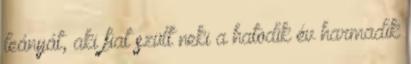
leányát, aki fiat szült neki a hatodik év harmadik